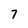
Character: 7